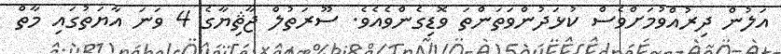
އަލުން ދިރުއްވުމަށްވެސް ކުޅަދުންވަތަންތަ ވޮޑިގެންވެއެވެ. ސޫރަތުލް ޖާޘިޔާގެ 4 ވަނަ އާޔަތުގައި މާތް